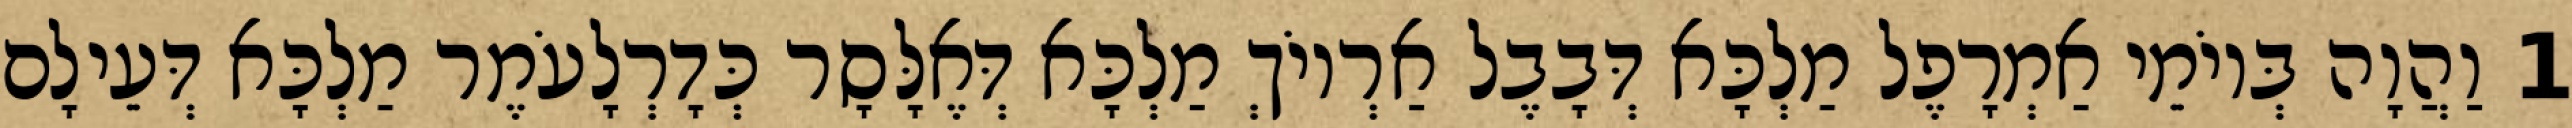
1 וַהֲוָה בְּיוֹמֵי אַמְרָפֶל מַלְכָּא דְּבָבֶל אַרְיוֹךְ מַלְכָּא דְּאֶלָּסָר כְּדָרְלָעֹמֶר מַלְכָּא דְּעֵילָם